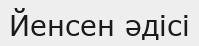
Йенсен әдісі